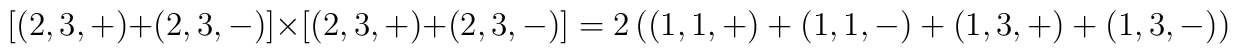
\lbrack (2,3,+)+(2,3,-)]\times [(2,3,+)+(2,3,-)]=2\left( (1,1,+)+(1,1,-)+(1,3,+)+{(1,3,-)}\right)